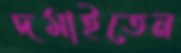
দমাইতেন